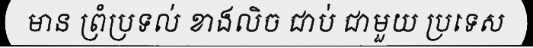
មាន ព្រំប្រទល់ ខាងលិច ជាប់ ជាមួយ ប្រទេស